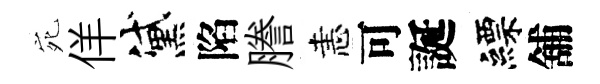
宛佯黛陷謄恚可誕縹舖